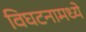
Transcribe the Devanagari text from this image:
विघटनामध्ये